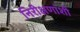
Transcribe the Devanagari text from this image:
निरीक्षणांशी